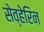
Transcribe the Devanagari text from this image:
सेव्हेरिन